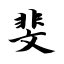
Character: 斐